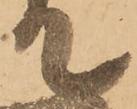
て